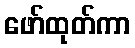
ဖော်ထုတ်ကာ